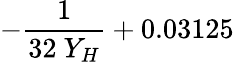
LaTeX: -\frac{1}{32\ Y_{H}}+0.03125